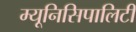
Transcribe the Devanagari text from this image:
म्यूनिसिपालिटी